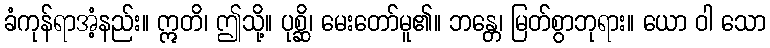
ခံကုန်ရာအံ့နည်း။ ဣတိ၊ ဤသို့။ ပုစ္ဆိ၊ မေးတော်မူ၏။ ဘန္တေ၊ မြတ်စွာဘုရား။ ယော ဝါ သော